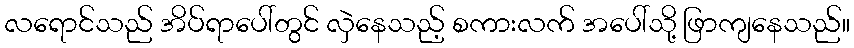
လရောင်သည် အိပ်ရာပေါ်တွင် လှဲနေသည့် စကားလက် အပေါ်သို့ ဖြာကျနေသည်။